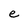
Character: e